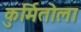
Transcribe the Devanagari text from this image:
कुर्मितोला